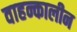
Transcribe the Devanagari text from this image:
वाहन्कालीन